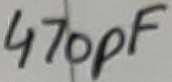
Text: 470pF